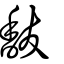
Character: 馛